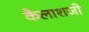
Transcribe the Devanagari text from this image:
कैलाशजी